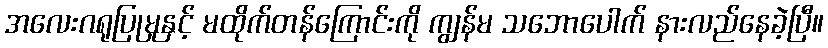
အလေးဂရုပြုမှုနှင့် မထိုက်တန်ကြောင်းကို ကျွန်မ သဘောပေါက် နားလည်နေခဲ့ပြီ။